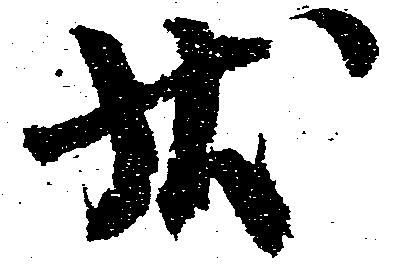
状